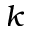
k